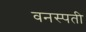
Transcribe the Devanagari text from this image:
वनस्‍पती